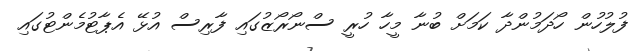
ފުލުހުން ހޯދަމުންދާ ކަމަށް ބުނާ މީހާ ހުރީ ސްނޯރޯޒުގައި ފާރިސް އުޅޭ އެޕާޓުމެންޓުގައި